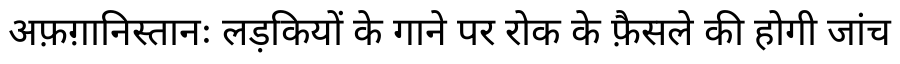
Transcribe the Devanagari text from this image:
अफ़ग़ानिस्तानः लड़कियों के गाने पर रोक के फ़ैसले की होगी जांच